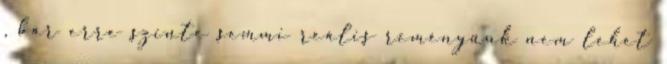
, bár erre szinte semmi reális reményünk nem lehet